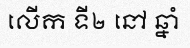
លើក ទី២ នៅ ឆ្នាំ